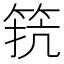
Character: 𮅑